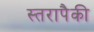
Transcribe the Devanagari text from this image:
स्तरापैकी